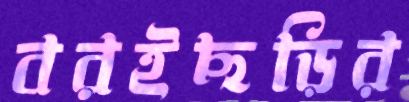
বরইছড়ির